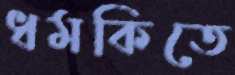
ধমকিতে